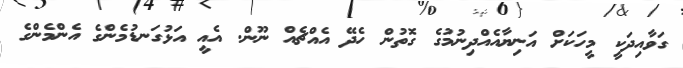
ގަވާއިދަކީ މީހަކަށް އަނިޔާއެއްދިނުމުގެ ގޮތުން ހެދޭ އެއްޗެއް ނޫން. އެއީ އަޅުގަނޑުމެންގެ އެންމެންގެ